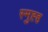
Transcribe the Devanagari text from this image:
स्मुह्ह